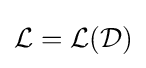
{\mathcal {L}}={\mathcal {L}}({\mathcal {D}})